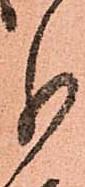
分